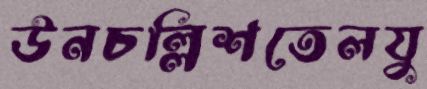
উনচল্লিশতেলযু